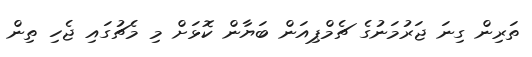
ތަރިން ގިނަ ޖަރުމަނުގެ ޗެމްޕިއަން ބަޔާން ކޮޅަށް މި މެޗުގައި ޖެހި ތިން